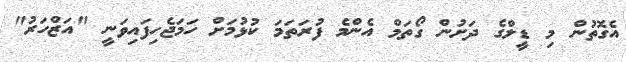
އެގޮތުން މި ޑީލްގެ ދަށުން ގޯތަމް އެންމެ ފުރަތަމަ ކުޅުމަށް ހަމަޖެހިފައިވަނީ "އަޒްހަރު"